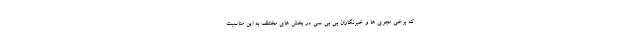
که برخی مجری ها و خبرنگاران بی بی سی در بخش های مختلف به این مناسبت